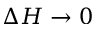
\Delta H \to 0